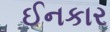
ઈનકાર